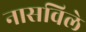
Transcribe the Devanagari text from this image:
नासविले